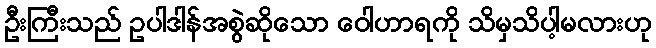
ဦးကြီးသည် ဥပါဒါန်အစွဲဆိုသော ဝေါဟာရကို သိမှသိပါ့မလားဟု